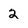
Character: 2